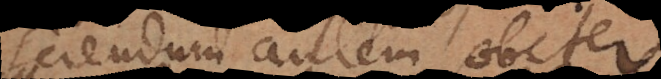
sciendum autem obiter